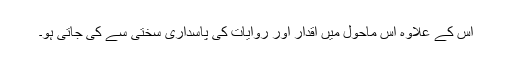
اس کے علاوہ اس ماحول میں اقدار اور روایات کی پاسداری سختی سے کی جاتی ہو۔